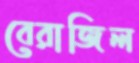
বেরাজিল